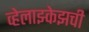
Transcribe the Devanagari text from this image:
व्हेलाझ्केझची